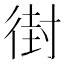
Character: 𫹚